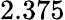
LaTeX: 2.375